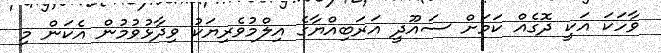
ވާހަކަ އަކީ ދޮގެއް ކަމަށް ސައޫދީ އަރަބިއްޔާގެ އިލްމުވެރިޔަކު ވިދާޅުވުމުން އެކަން މި